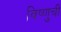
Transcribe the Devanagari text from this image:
विष्णुची